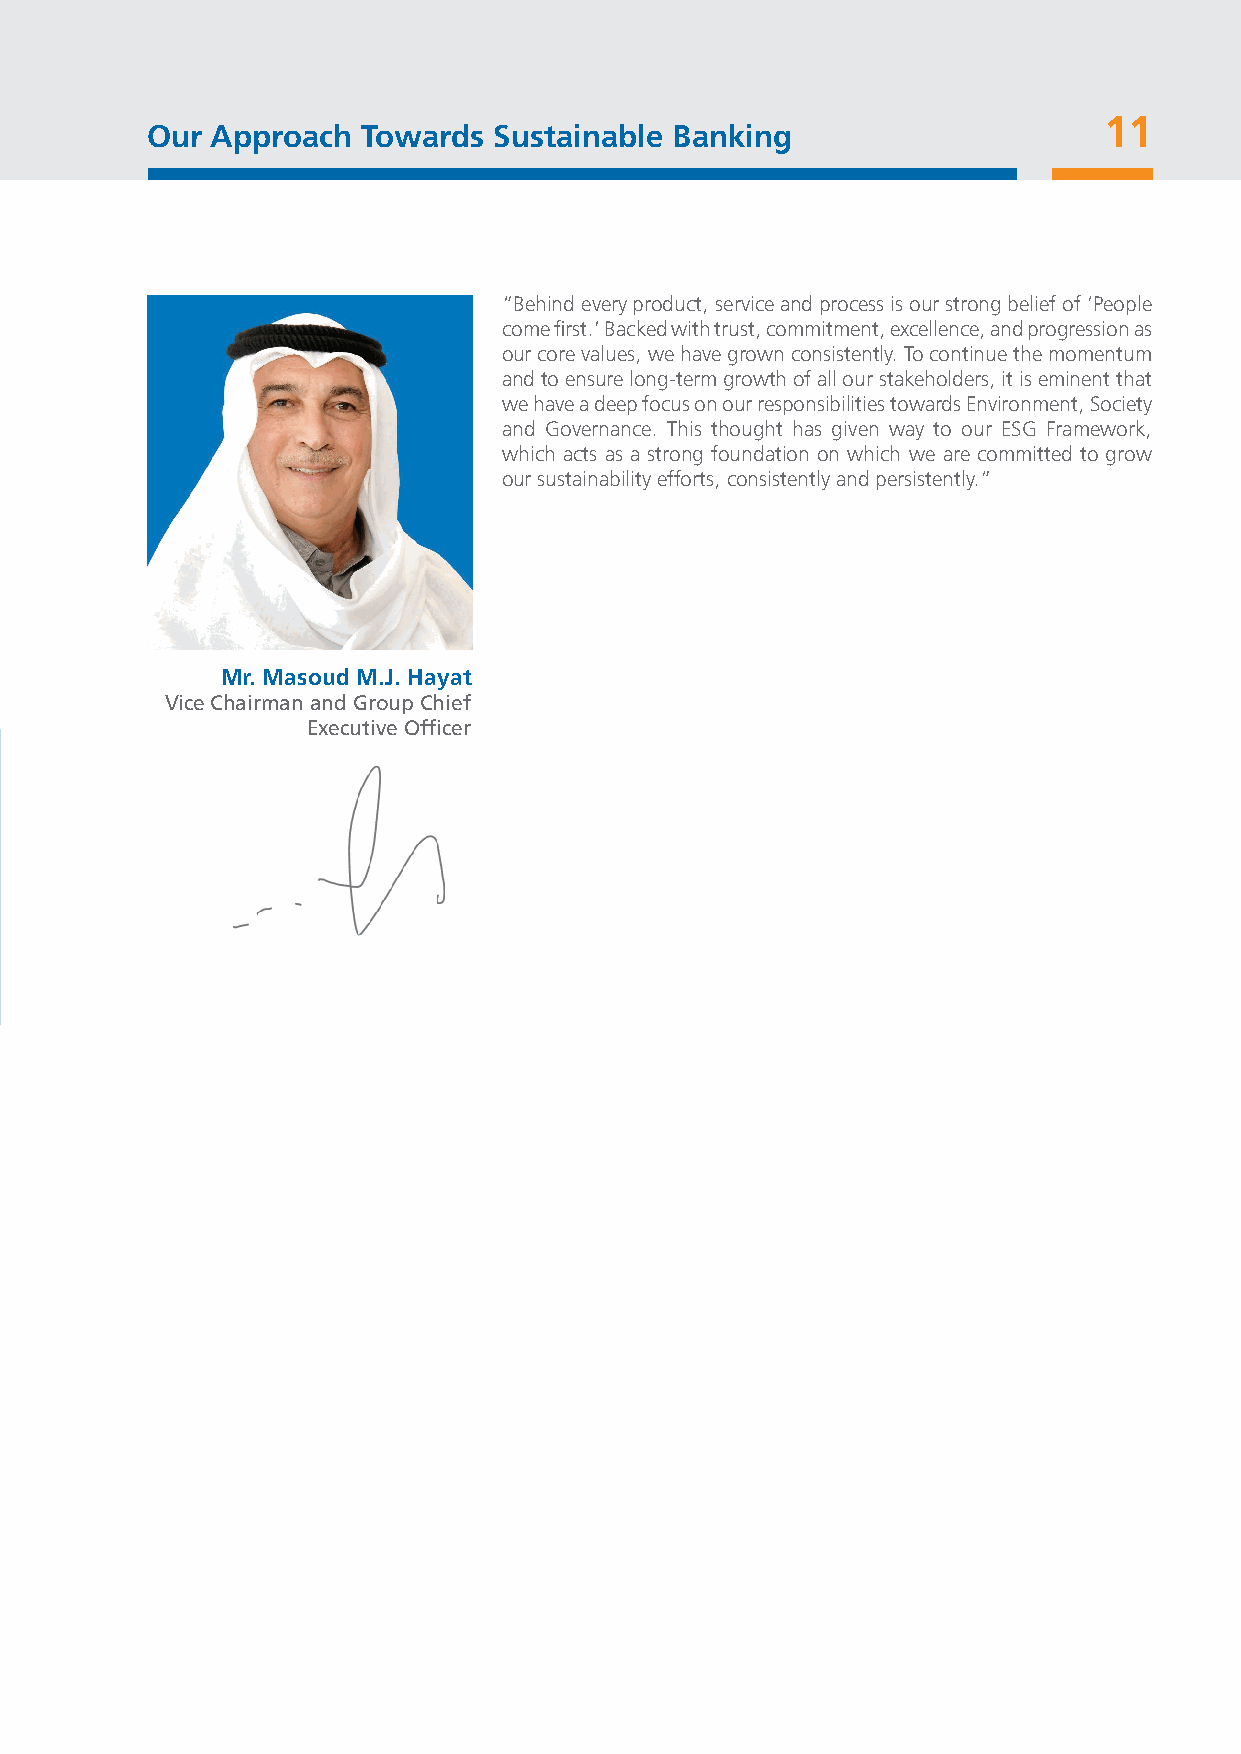
11
 Our Approach  Towards  Sustainable Banking
 “Behind every product, service and process is our strong belief of ‘People
 come first.’ Backed with trust, commitment, excellence, and progression as
 our core values, we have grown consistently. To continue the momentum
 and to ensure long-term growth of all our stakeholders, it is eminent that
 we have a deep focus on our responsibilities towards Environment, Society
 and Governance. This thought has given way to our ESG Framework,
 which acts as a strong foundation on which we are committed to grow
 our sustainability efforts, consistently and persistently.”
 Mr. Masoud M.J. Hayat
 Vice Chairman and Group Chief
 Executive Officer